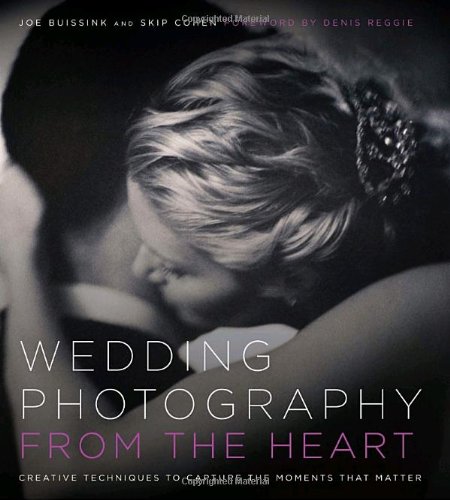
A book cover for Wedding Photography from the Heart: Creative Techniques to Capture the Moments that Matter; Joe Buissink; Crafts, Hobbies & Home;